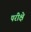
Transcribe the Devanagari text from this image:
परीक्षे